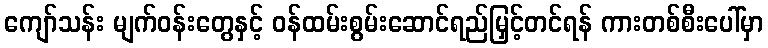
ကျော်သန်း မျက်ဝန်းတွေနှင့် ဝန်ထမ်းစွမ်းဆောင်ရည်မြှင့်တင်ရန် ကားတစ်စီးပေါ်မှာ